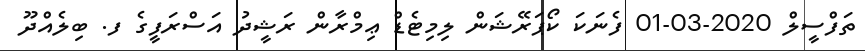
ތަފްސީލް 2020-03-01 ފެނަކަ ކޯޕަރޭޝަން ލިމިޓެޑް ޢިމްރާން ރަޝީދު އަސްރަފީގެ ފ. ބިލެއްދޫ